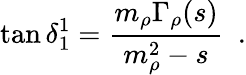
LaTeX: \tan{\delta_{1}^{1}}=\displaystyle\frac{m_{\rho}\Gamma_{\rho}(s)}{m_{\rho}^{2}-s}~~.